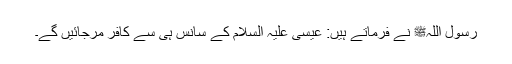
رسول اللہﷺ نے فرماتے ہیں: عیسیٰ علیہ السلام کے سانس ہی سے کافر مرجائیں گے۔